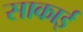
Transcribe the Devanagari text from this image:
साकाई